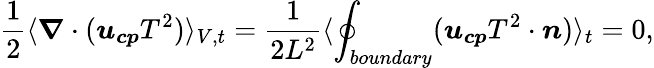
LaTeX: \frac{1}{2}\langle\boldsymbol{\nabla}\cdot(\boldsymbol{u_{cp}}T^{2})\rangle_{V,t}=\frac{1}{2L^{2}}\langle\displaystyle\oint_{boundary}(\boldsymbol{u_{cp}}T^{2}\cdot\boldsymbol{n})\rangle_{t}=0,